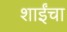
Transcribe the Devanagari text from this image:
शाईंचा